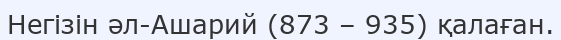
Негізін әл-Ашарий (873 – 935) қалаған.